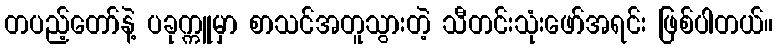
တပည့်တော်နဲ့ ပခုက္ကူမှာ စာသင်အတူသွားတဲ့ သီတင်းသုံးဖော်အရင်း ဖြစ်ပါတယ်။